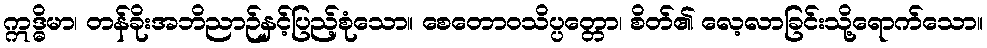
ဣဒ္ဓိမာ၊ တန်ခိုးအဘိညာဉ်နှင့်ပြည့်စုံသော။ စေတောဝသိပ္ပတ္တော၊ စိတ်၏ လေ့လာခြင်းသို့ရောက်သော။